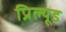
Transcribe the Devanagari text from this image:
प्रिल्यूड